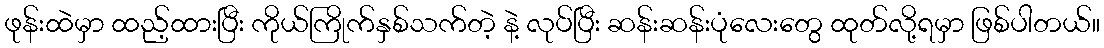
ဖုန်းထဲမှာ ထည့်ထားပြီး ကိုယ်ကြိုက်နှစ်သက်တဲ့ နဲ့ လုပ်ပြီး ဆန်းဆန်းပုံလေးတွေ ထုတ်လို့ရမှာ ဖြစ်ပါတယ်။